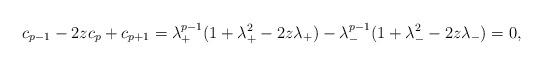
LaTeX: \begin{align*} c_{p-1} - 2z c_{p} + c_{p+1} & = \lambda_{+}^{p-1}(1+\lambda_{+}^{2} - 2z\lambda_{+}) - \lambda_{-}^{p-1}(1+\lambda_{-}^{2} - 2z\lambda_{-}) = 0,\end{align*}